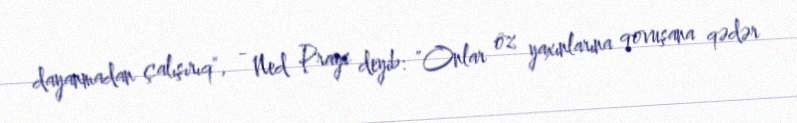
dayanmadan çalışırıq", - Ned Prays deyib: "Onlar öz yaxınlarına qovuşana qədər